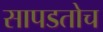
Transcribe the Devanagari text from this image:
सापडतोच